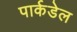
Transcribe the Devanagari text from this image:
पार्कडेल